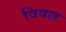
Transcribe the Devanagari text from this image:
विवाह